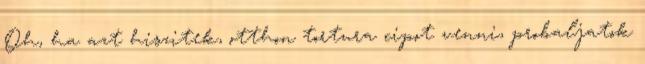
Oh, ha azt hiszitek, otthon tortura cipot venni, probaljatok